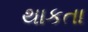
થાકતા